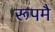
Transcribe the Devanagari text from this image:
रूपमै